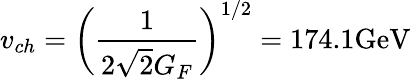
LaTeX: v_{ch}=\left({\frac{1}{2\sqrt{2}G_{F}}}\right)^{1/2}=174.1\mathrm{GeV}